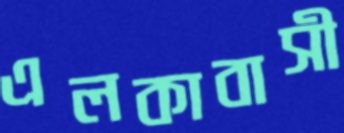
এলকাবাসী